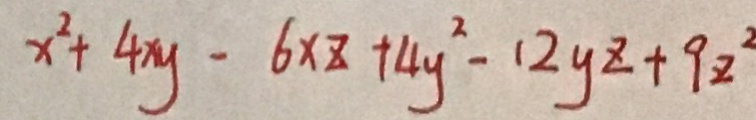
x ^ { 2 } + 4 x y - 6 x z + 4 y ^ { 2 } - 1 2 y z + 9 z ^ { 2 }